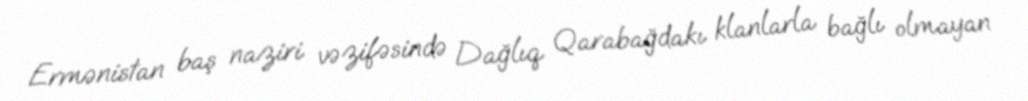
Ermənistan baş naziri vəzifəsində Dağlıq Qarabağdakı klanlarla bağlı olmayan